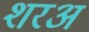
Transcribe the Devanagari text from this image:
शरअ